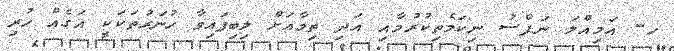
ހ- އަމިއްލަ ނަފްސު ނިކަމެތިކުރުމާއި އަދި ތިމާއަށް ލިބިފައިވާ ހުނަރުތަކަކީ އަގެއް ހުރި